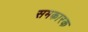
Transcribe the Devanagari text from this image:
समकारक